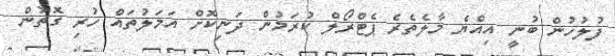
ފުލުހުން ބުނީ އިއްޔެ މާލެތެރެ ޕެޓްރޯލް ކުރަމުން ދަނިކޮށް އަމަލުތައް ހުރި ގޮތުން